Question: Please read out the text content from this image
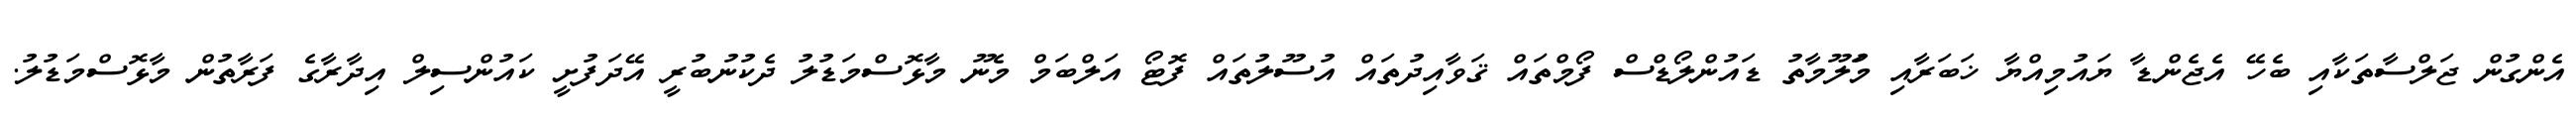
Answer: އެންގުން ޖަލްސާތަކާއި ބެހޭ އެޖެންޑާ ޔައުމިއްޔާ ޚަބަރާއި މަުލޫމާތު ޑައުންލޯޑްސް ފޯމްތައް ޤަވާއިދުތައް އުސޫލުތައް ފޮޓޯ އަލްބަމް މެނޫ މާޅޮސްމަޑުލު ދެކުނުބުރީ އޭދަފުށީ ކައުންސިލް އިދާރާގެ ފަރާތުން މާޅޮސްމަޑުލު.